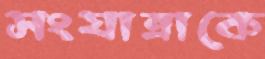
সংযাত্রাকে